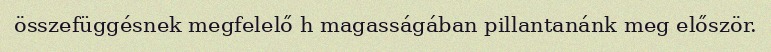
összefüggésnek megfelelő h magasságában pillantanánk meg először.